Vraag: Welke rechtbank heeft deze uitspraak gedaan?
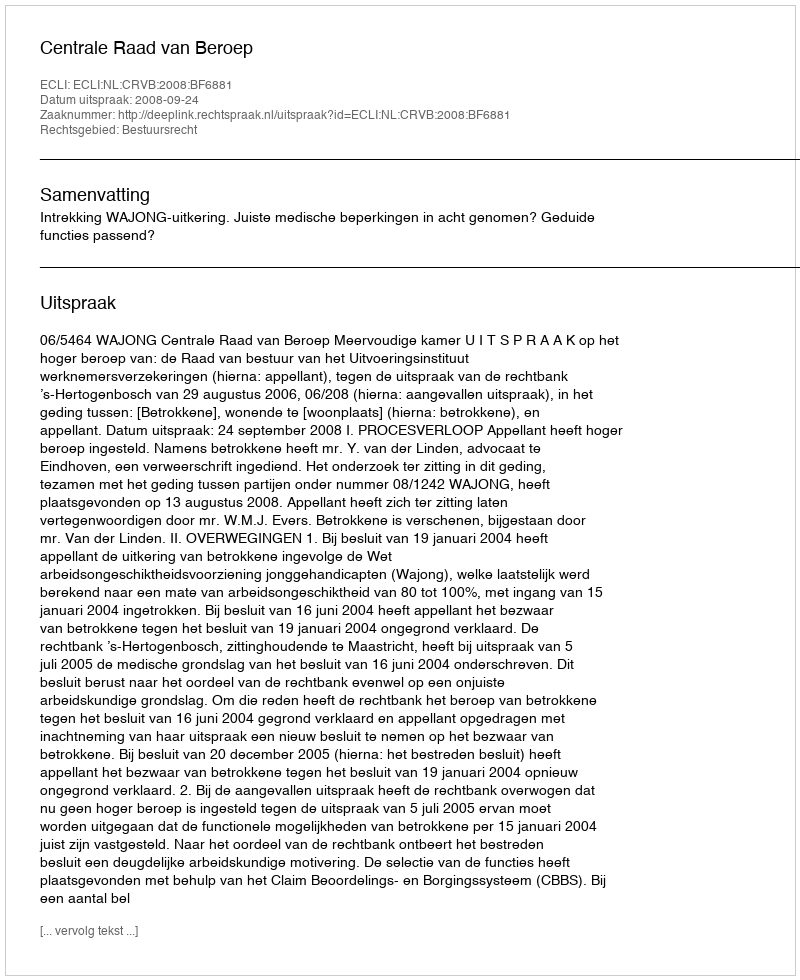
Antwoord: Centrale Raad van Beroep